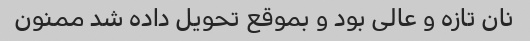
نان تازه و عالی بود و بموقع تحویل داده شد ممنون